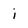
Character: i